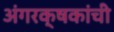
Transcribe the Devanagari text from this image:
अंगरक्षकांची